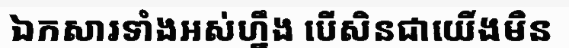
ឯកសារទាំងអស់ហ្នឹង បើសិនជាយើងមិន